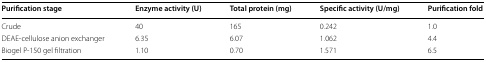
| Purification stage | Enzyme activity (U) | Total protein (mg) | Specific activity (U/mg) | Purification fold |
 | --- | --- | --- | --- | --- |
 | Crude | 40 | 165 | 0.242 | 1.0 |
 | DEAE-cellulose anion exchanger | 6.35 | 6.07 | 1.062 | 4.4 |
 | Biogel P-150 gel filtration | 1.10 | 0.70 | 1.571 | 6.5 |